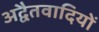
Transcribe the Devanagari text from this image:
अद्वैतवादियों